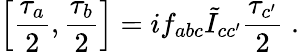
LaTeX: \left[\frac{{\tau}_{a}}2,\frac{{\tau}_{b}}2\right]=i{f}_{abc}\tilde{I}_{cc^{\prime}}\frac{\tau_{c^{\prime}}}2\; .